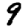
Digit: 9